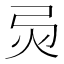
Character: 𢏅